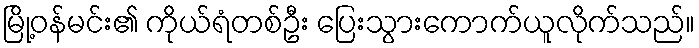
မြို့ဝန်မင်း၏ ကိုယ်ရံတစ်ဦး ပြေးသွားကောက်ယူလိုက်သည်။